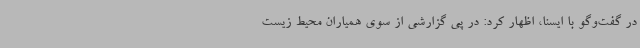
در گفت‌وگو با ایسنا، اظهار کرد: در پی گزارشی از سوی همیاران محیط زیست